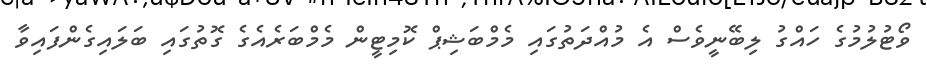
ވޯޓުލުމުގެ ހައްގު ލިބޭނީވެސް އެ މުއްދަތުގައި މެމްބަޝިޕް ކޮމިޓީން މެމްބަރެއެގެ ގޮތުގައި ބަލައިގެންފައިވާ